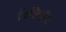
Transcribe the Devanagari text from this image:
विजिलेंट